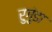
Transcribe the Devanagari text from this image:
रुगुंडा